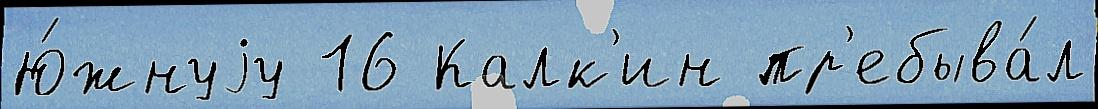
Ю́жнуjу 16 Калк'ин пр'ебыва́л